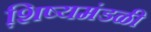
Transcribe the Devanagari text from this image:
शि़ष्यमंडळी